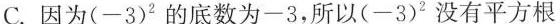
C.因为(-3)^{2}的底数为-3，所以(-3)^{2}没有平方根